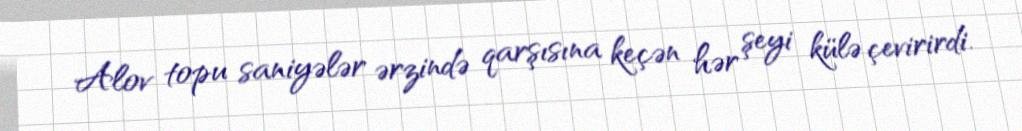
Alov topu saniyələr ərzində qarşısına keçən hər şeyi külə çevirirdi.